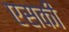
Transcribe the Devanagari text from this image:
एसकी